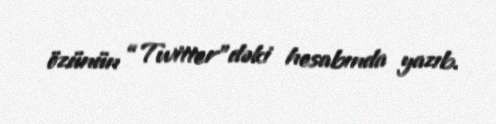
özünün “Twitter”dəki hesabında yazıb.